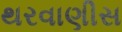
થરવાણીસ